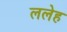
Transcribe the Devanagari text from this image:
ललेह